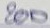
200